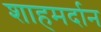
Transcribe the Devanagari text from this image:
शाहमर्दान